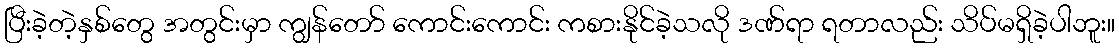
ပြီးခဲ့တဲ့နှစ်တွေ အတွင်းမှာ ကျွန်တော် ကောင်းကောင်း ကစားနိုင်ခဲ့သလို ဒဏ်ရာ ရတာလည်း သိပ်မရှိခဲ့ပါဘူး။